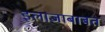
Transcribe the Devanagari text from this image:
इलाजाबाबत